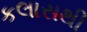
કલાસથી